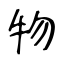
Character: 物